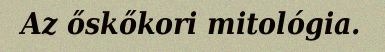
Az őskőkori mitológia.